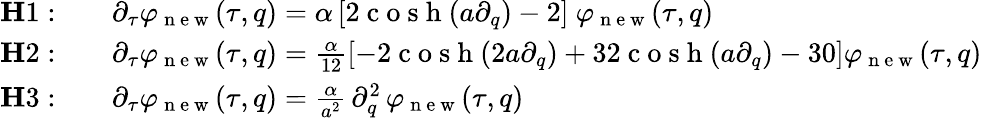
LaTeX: \begin{array}{rl}{{\mathbf H1:}}&{{}\quad\partial_{\tau}\varphi_{\mathrm{~n~e~w~}}(\tau,q)=\alpha\, [2\mathrm{~c~o~s~h~}(a\partial_{q})-2]\ \varphi_{\mathrm{~n~e~w~}}(\tau,q)}\\ {{\mathbf H2:}}&{{}\quad\partial_{\tau}\varphi_{\mathrm{~n~e~w~}}(\tau,q)=\frac{\alpha}{12}[-2\mathrm{~c~o~s~h~}(2a\partial_{q})+32\mathrm{~c~o~s~h~}(a\partial_{q})-30]\varphi_{\mathrm{~n~e~w~}}(\tau,q)}\\ {{\mathbf H3:}}&{{}\quad\partial_{\tau}\varphi_{\mathrm{~n~e~w~}}(\tau,q)=\frac{\alpha}{a^{2}}\, \partial_{q}^{2}\, \varphi_{\mathrm{~n~e~w~}}(\tau,q)}\end{array}